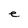
Character: e